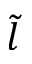
\tilde { l }